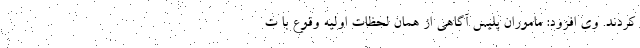
کردند. وی افزود: ماموران پلیس آگاهی از همان لحظات اولیه وقوع با ت